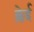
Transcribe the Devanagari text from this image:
क्लेई